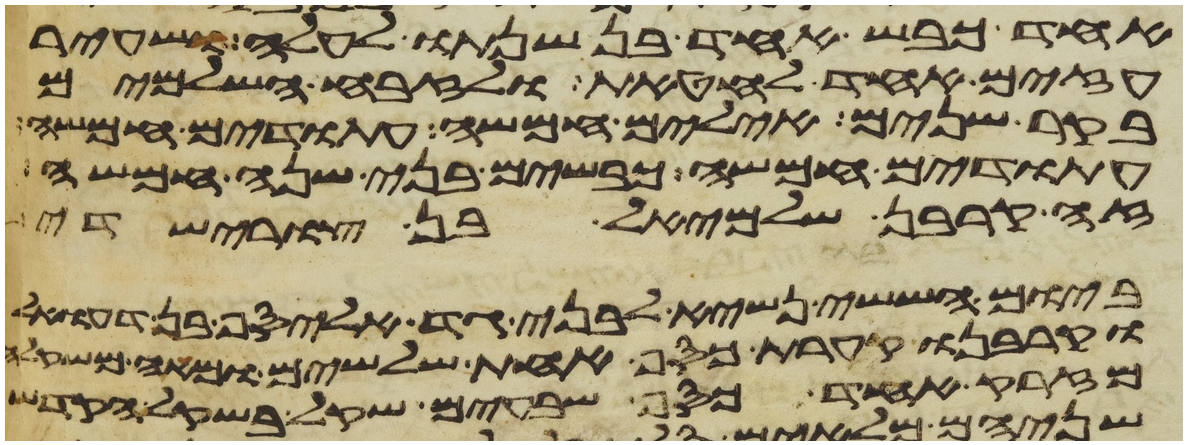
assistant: אחד כבש אחד בן שנתו לעלה ושעיר
עזים אחד לחטאת ולזבח השלמים
בקר שנים אילים חמשה עתודים חמשה
עתודים חמשה כבשים בני שנה חמשה
זה קרבן שלמיאל בן צורישדי
ביום הששי נשיא לבני גד אליסף בן דעואל
וקרבנו קערת כסף אחת שלשים ומאה משקלה
מזרק אחד כסף שבעים שקל בשקל הקדש